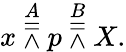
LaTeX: x\ {\overset{A}{\doublebarwedge}}\ p\ {\overset{B}{\doublebarwedge}}\ X.